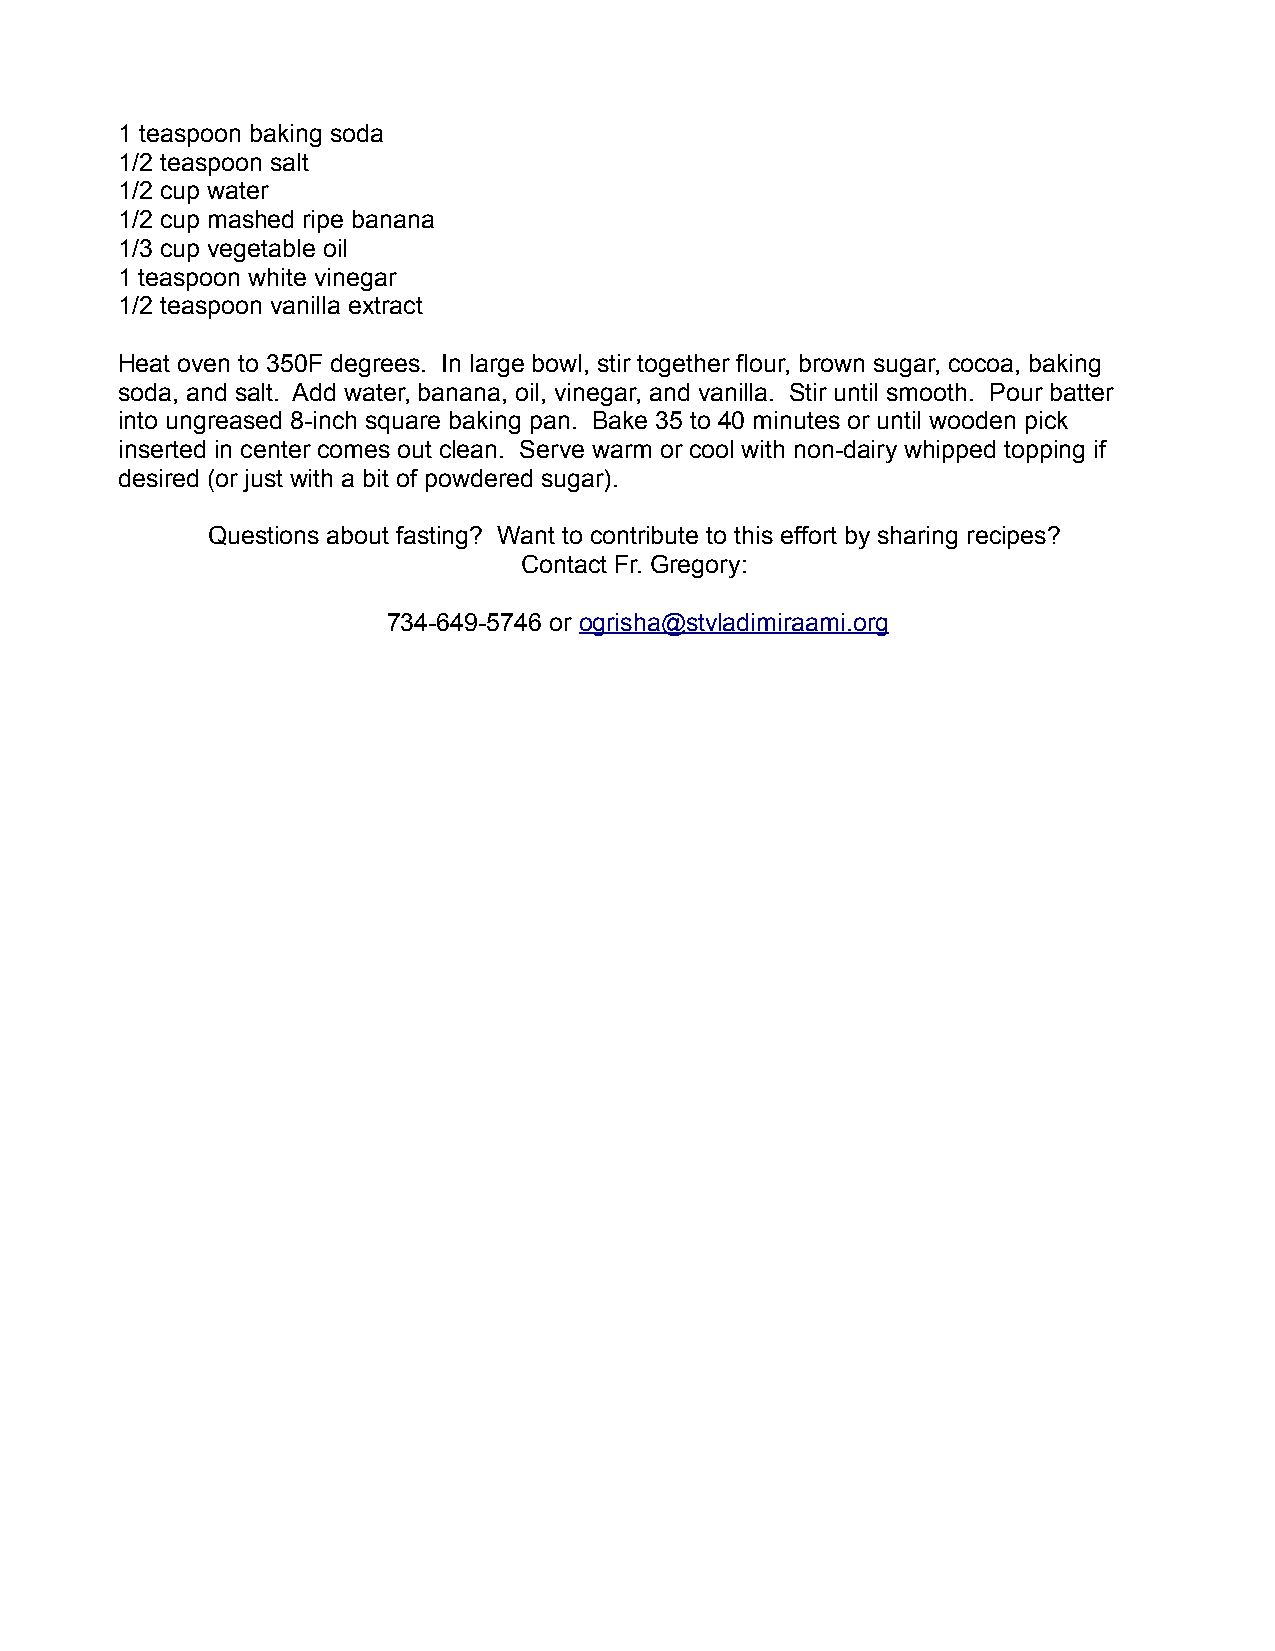
1 teaspoon baking soda
 1/2 teaspoon salt
 1/2 cup water
 1/2 cup mashed ripe banana
 1/3 cup vegetable oil
 1 teaspoon white vinegar
 1/2 teaspoon vanilla extract
 Heat oven to 350F degrees. In large bowl, stir together flour, brown sugar, cocoa, baking
 soda, and salt. Add water, banana, oil, vinegar, and vanilla. Stir until smooth. Pour batter
 into ungreased 8-inch square baking pan. Bake 35 to 40 minutes or until wooden pick
 inserted in center comes out clean. Serve warm or cool with non-dairy whipped topping if
 desired (or just with a bit of powdered sugar).
 Questions about fasting? Want to contribute to this effort by sharing recipes?
 Contact Fr. Gregory:
 734-649-5746 or ogrisha@stvladimiraami.org